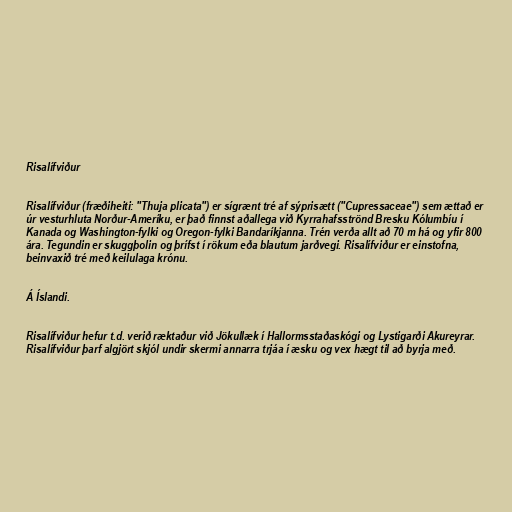
Risalífviður

Risalífviður (fræðiheiti: "Thuja plicata") er sígrænt tré af sýprisætt ("Cupressaceae") sem ættað er
úr vesturhluta Norður-Ameríku, er það finnst aðallega við Kyrrahafsströnd Bresku Kólumbíu í
Kanada og Washington-fylki og Oregon-fylki Bandaríkjanna. Trén verða allt að 70 m há og yfir 800
ára. Tegundin er skuggþolin og þrífst í rökum eða blautum jarðvegi. Risalífviður er einstofna,
beinvaxið tré með keilulaga krónu.

Á Íslandi.

Risalífviður hefur t.d. verið ræktaður við Jökullæk í Hallormsstaðaskógi og Lystigarði Akureyrar.
Risalífviður þarf algjört skjól undir skermi annarra trjáa í æsku og vex hægt til að byrja með.